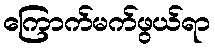
ကြောက်မက်ဖွယ်ရာ